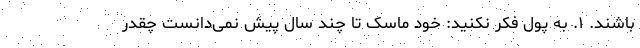
باشند. ۱. به پول فکر نکنید: خود ماسک تا چند سال پیش نمی‌دانست چقدر